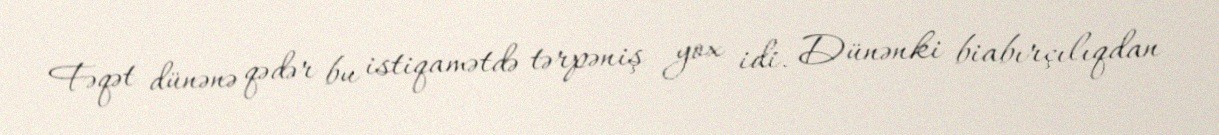
Fəqət dünənə qədər bu istiqamətdə tərpəniş yox idi. Dünənki biabırçılıqdan